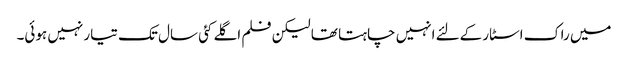
میں راک اسٹار کےلئے انہیں چاہتا تھا لیکن فلم اگلے کئی سال تک تیار نہیں ہوئی۔